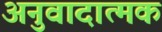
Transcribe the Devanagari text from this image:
अनुवादात्मक